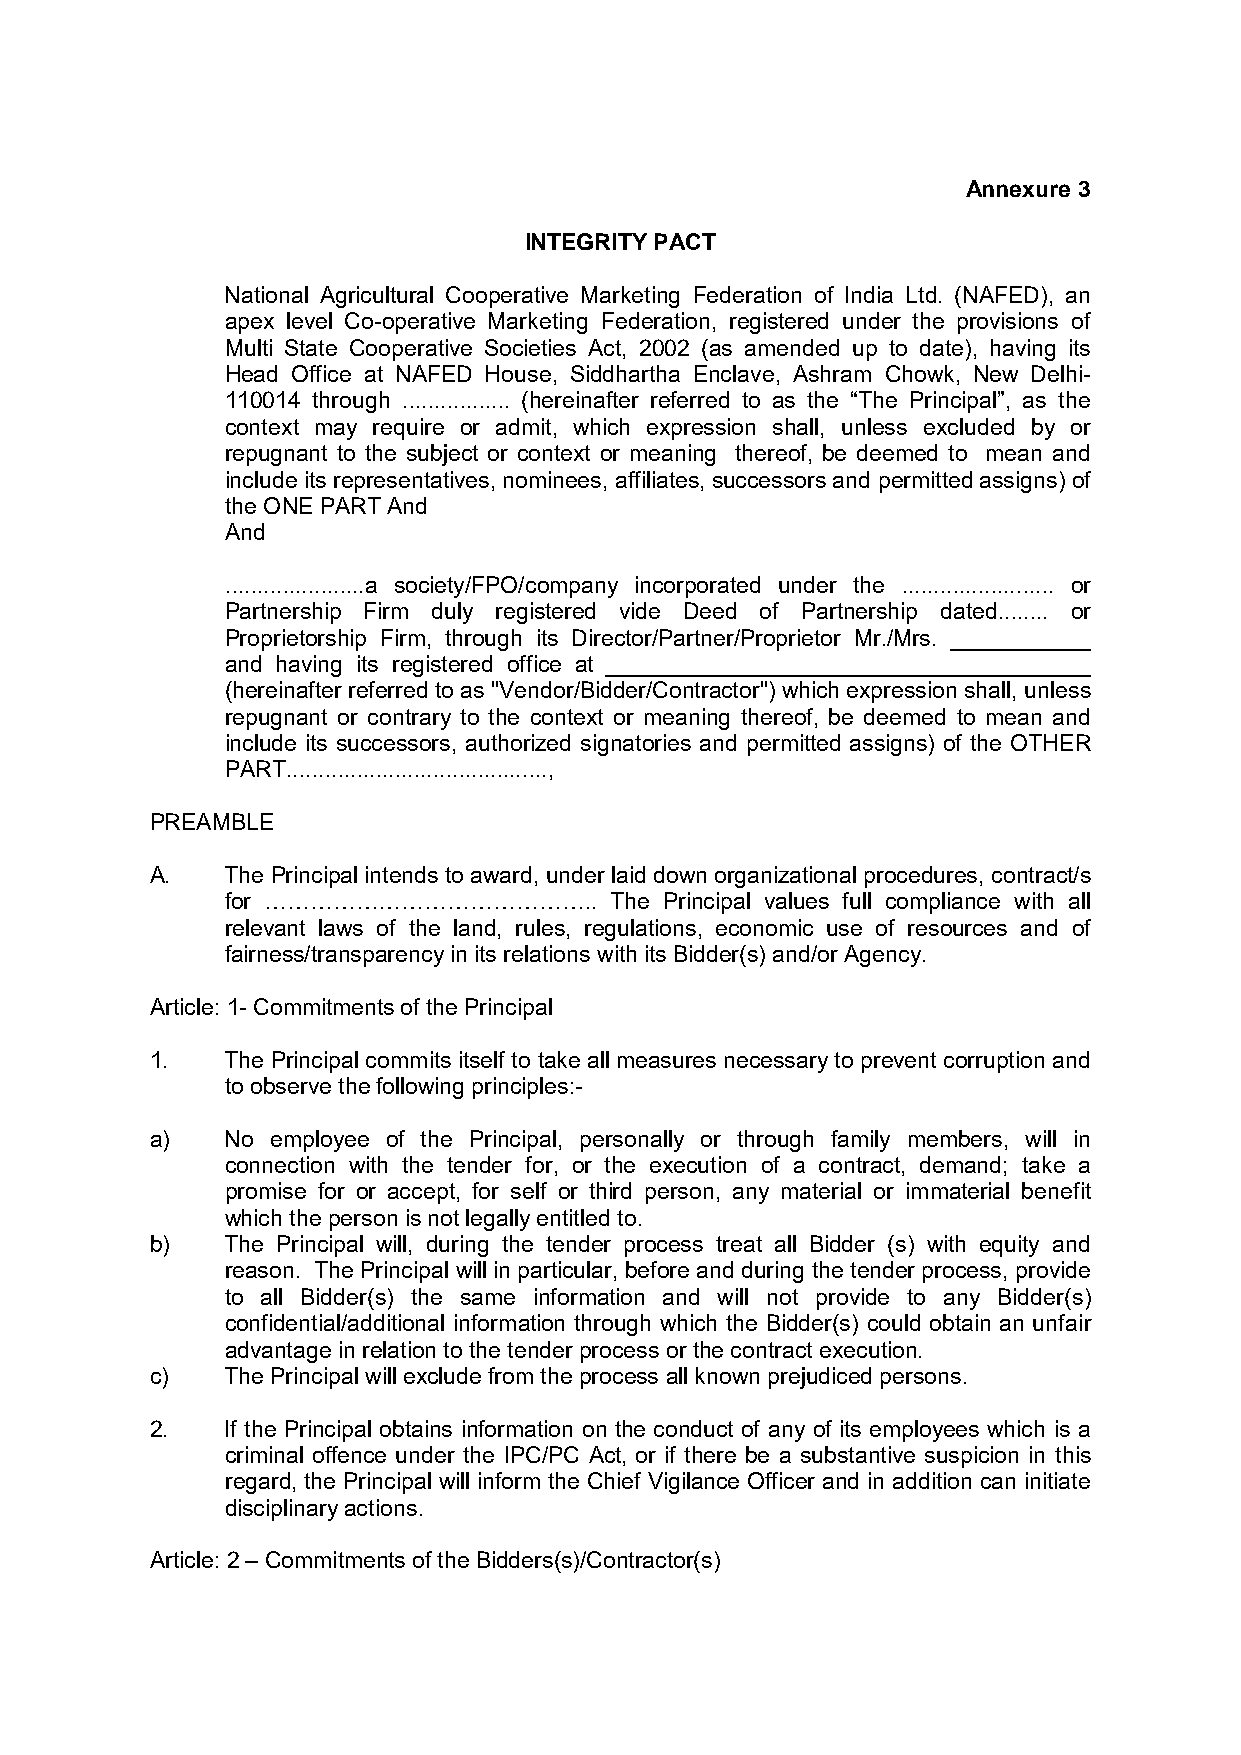
Annexure 3
 INTEGRITY PACT
 National Agricultural Cooperative Marketing Federation of India Ltd. (NAFED), an
 apex level Co-operative Marketing Federation, registered under the provisions of
 Multi State Cooperative Societies Act, 2002 (as amended up to date), having its
 Head Office at NAFED House, Siddhartha Enclave, Ashram Chowk, New Delhi-
 110014 through ................. (hereinafter referred to as the “The Principal”, as the
 context may require or admit, which expression shall, unless excluded by or
 repugnant to the subject or context or meaning thereof, be deemed to mean and
 include its representatives, nominees, affiliates, successors and permitted assigns) of
 the ONE PART And
 And
 ......................a society/FPO/company incorporated under the ........................ or
 Partnership Firm duly registered vide Deed of Partnership dated........ or
 Proprietorship Firm, through its Director/Partner/Proprietor Mr./Mrs. ___________
 and having its registered office at ______________________________________
 (hereinafter referred to as "Vendor/Bidder/Contractor") which expression shall, unless
 repugnant or contrary to the context or meaning thereof, be deemed to mean and
 include its successors, authorized signatories and permitted assigns) of the OTHER
 PART.........................................,
 PREAMBLE
 A.   The Principal intends to award, under laid down organizational procedures, contract/s
 for ……………………………………..     The Principal values full compliance with all
 relevant laws of the land, rules, regulations, economic use of resources and of
 fairness/transparency in its relations with its Bidder(s) and/or Agency.
 Article: 1- Commitments of the Principal
 1.   The Principal commits itself to take all measures necessary to prevent corruption and
 to observe the following principles:-
 a)   No employee of the Principal, personally or through family members, will in
 connection with the tender for, or the execution of a contract, demand; take a
 promise for or accept, for self or third person, any material or immaterial benefit
 which the person is not legally entitled to.
 b)   The Principal will, during the tender process treat all Bidder (s) with equity and
 reason. The Principal will in particular, before and during the tender process, provide
 to all Bidder(s) the same information and will not provide to any Bidder(s)
 confidential/additional information through which the Bidder(s) could obtain an unfair
 advantage in relation to the tender process or the contract execution.
 c)   The Principal will exclude from the process all known prejudiced persons.
 2.   If the Principal obtains information on the conduct of any of its employees which is a
 criminal offence under the IPC/PC Act, or if there be a substantive suspicion in this
 regard, the Principal will inform the Chief Vigilance Officer and in addition can initiate
 disciplinary actions.
 Article: 2 – Commitments of the Bidders(s)/Contractor(s)